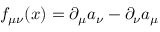
f _ { \mu \nu } ( x ) = \partial _ { \mu } a _ { \nu } - \partial _ { \nu } a _ { \mu }